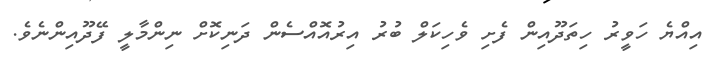
އިއްޔެ ހަވީރު ހިތަދޫއިން ފެށި ވެހިކަލް ބުރު އިރުއޮއްސެން ދަނިކޮށް ނިންމާލީ ފޭދޫއިންނެވެ.